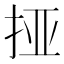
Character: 挜